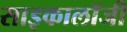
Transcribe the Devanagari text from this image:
साइकालॉजी